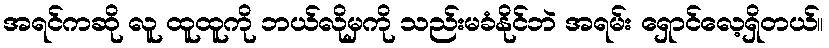
အရင်ကဆို လူ ထူထူကို ဘယ်လိုမှကို သည်းမခံနိုင်ဘဲ အရမ်း ရှောင်လေ့ရှိတယ်။